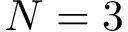
N = 3